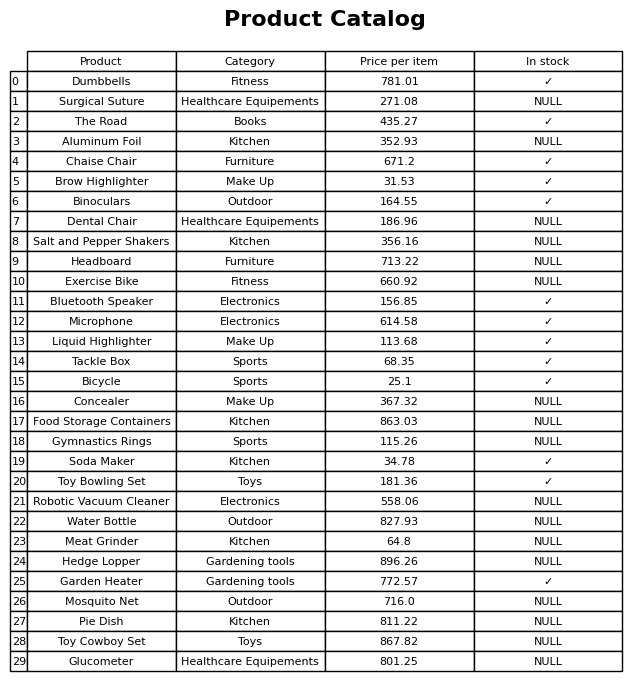
question: What is the stock status of the Tackle Box?
answer: ✓